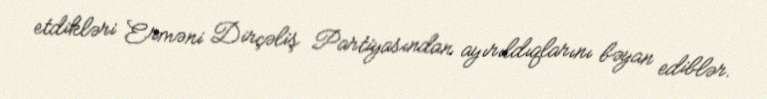
etdikləri Erməni Dirçəliş Partiyasından ayırıldıqlarını bəyan ediblər.